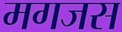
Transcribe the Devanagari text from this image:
मगजस